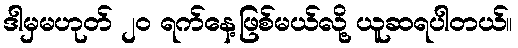
ဒါမှမဟုတ် ၂၀ ရက်နေ့ဖြစ်မယ်လို့ ယူဆရပါတယ်။